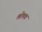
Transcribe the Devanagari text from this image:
लोपच